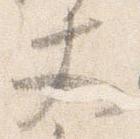
丈